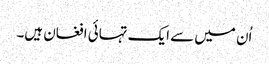
اُن میں سے ایک تہائی افغان ہیں۔